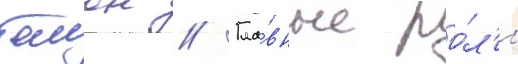
бомон // Гла́вные ро́л'и